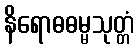
နိရောဓဓမ္မသုတ္တံ